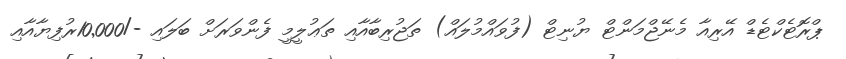
ޕްރޮޓެކްޓެޑް އޭރިއާ މެނޭޖްމަންޓް ޔުނިޓް (ފުވައްމުލައް) ތަޖުރިބާއާއި ތަޢުލީމީ ފެންވަރަށް ބަލައި -/10